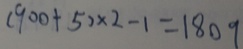
( 9 0 0 + 5 ) \times 2 - 1 = 1 8 0 9